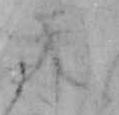
天